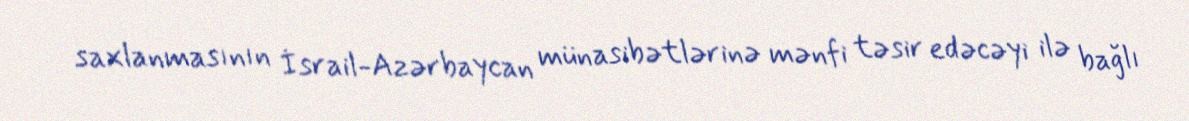
saxlanmasının İsrail-Azərbaycan münasibətlərinə mənfi təsir edəcəyi ilə bağlı